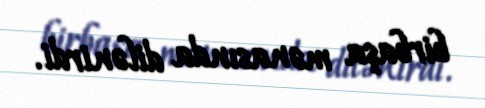
birbaşa mənasında dilənirdi.